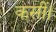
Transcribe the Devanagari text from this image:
कसीं।